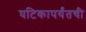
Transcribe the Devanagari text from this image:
घटिकापर्यंतची